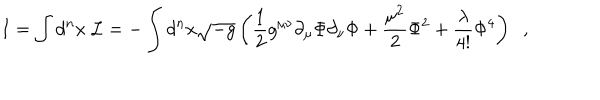
LaTeX: I = \int d ^ { n } x ~ { \cal L } = - \int d ^ { n } x \sqrt { - g } \left( \frac { 1 } { 2 } g ^ { \mu \nu } \partial _ { \mu } \Phi \partial _ { \nu } \Phi + \frac { \mu ^ { 2 } } { 2 } \Phi ^ { 2 } + \frac { \lambda } { 4 ! } \Phi ^ { 4 } \right) \; \; ,